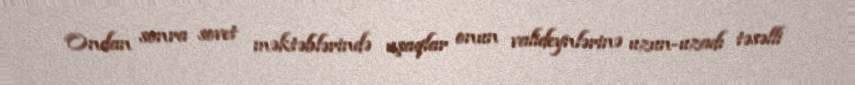
Ondan sonra sovet məktəblərində uşaqlar onun valideynlərinə uzun-uzadı təsəlli